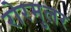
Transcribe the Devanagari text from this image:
रोरमुलर